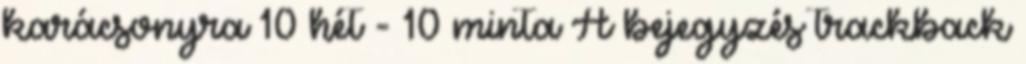
karácsonyra 10 hét - 10 minta A bejegyzés trackback